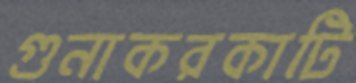
গুনাকরকাটি